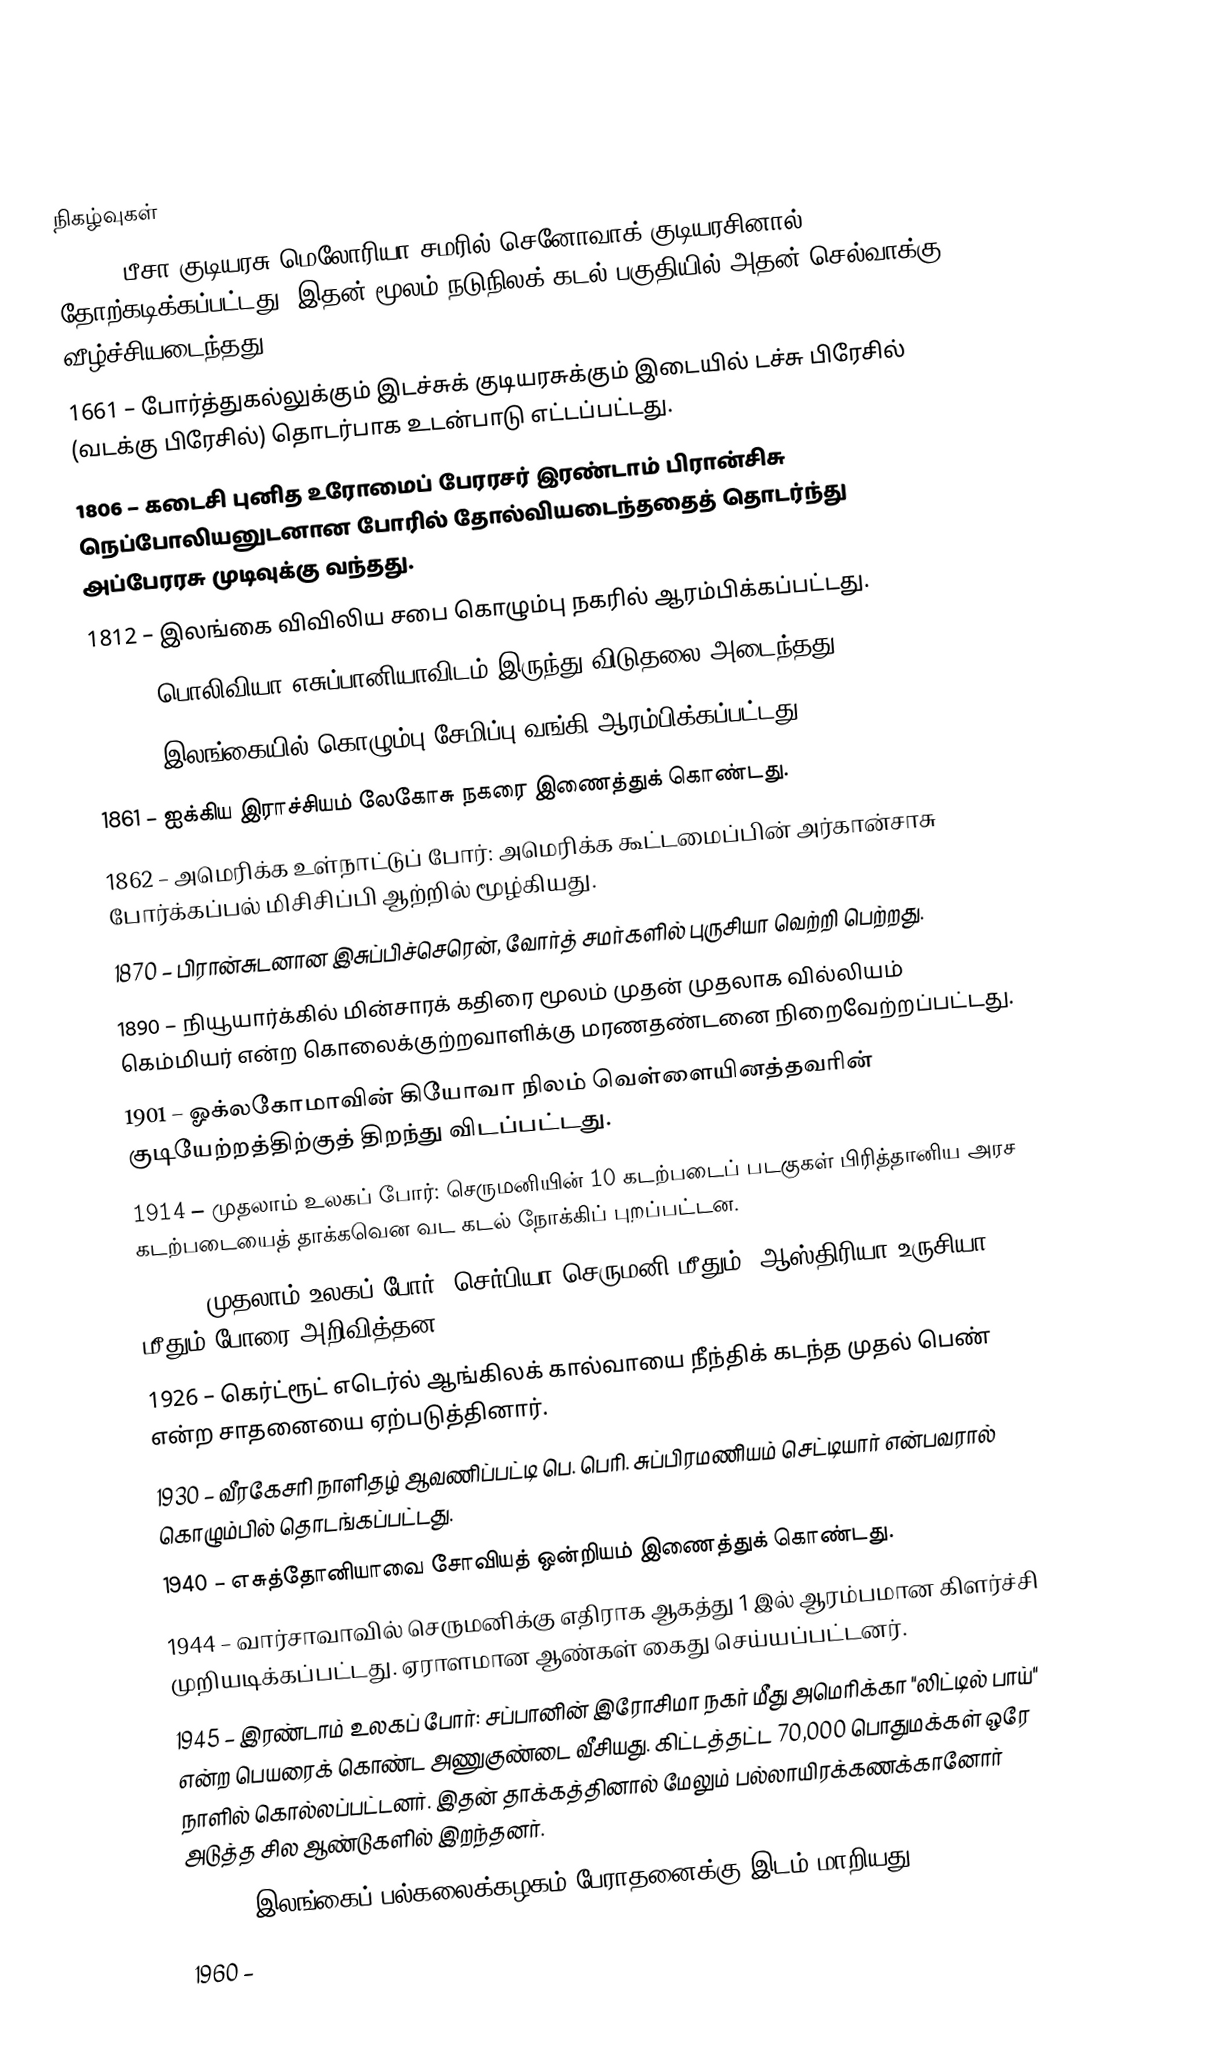

நிகழ்வுகள்
1284 – பீசா குடியரசு மெலோரியா சமரில் செனோவாக் குடியரசினால் தோற்கடிக்கப்பட்டது. இதன் மூலம் நடுநிலக் கடல் பகுதியில் அதன் செல்வாக்கு வீழ்ச்சியடைந்தது.
1661 – போர்த்துகல்லுக்கும் இடச்சுக் குடியரசுக்கும் இடையில் டச்சு பிரேசில் (வடக்கு பிரேசில்) தொடர்பாக உடன்பாடு எட்டப்பட்டது.
1806 – கடைசி புனித உரோமைப் பேரரசர் இரண்டாம் பிரான்சிசு நெப்போலியனுடனான போரில் தோல்வியடைந்ததைத் தொடர்ந்து அப்பேரரசு முடிவுக்கு வந்தது.
1812 – இலங்கை விவிலிய சபை கொழும்பு நகரில் ஆரம்பிக்கப்பட்டது.
1825 – பொலிவியா எசுப்பானியாவிடம் இருந்து விடுதலை அடைந்தது.
1832 – இலங்கையில் கொழும்பு சேமிப்பு வங்கி ஆரம்பிக்கப்பட்டது.
1861 – ஐக்கிய இராச்சியம் லேகோசு நகரை இணைத்துக் கொண்டது.
1862 – அமெரிக்க உள்நாட்டுப் போர்: அமெரிக்க கூட்டமைப்பின் அர்கான்சாசு போர்க்கப்பல் மிசிசிப்பி ஆற்றில் மூழ்கியது.
1870 – பிரான்சுடனான இசுப்பிச்செரென், வோர்த் சமர்களில் புருசியா வெற்றி பெற்றது.
1890 – நியூயார்க்கில் மின்சாரக் கதிரை மூலம் முதன் முதலாக வில்லியம் கெம்மியர் என்ற கொலைக்குற்றவாளிக்கு மரணதண்டனை நிறைவேற்றப்பட்டது.
1901 – ஓக்லகோமாவின் கியோவா நிலம் வெள்ளையினத்தவரின் குடியேற்றத்திற்குத் திறந்து விடப்பட்டது.
1914 – முதலாம் உலகப் போர்: செருமனியின் 10 கடற்படைப் படகுகள் பிரித்தானிய அரச கடற்படையைத் தாக்கவென வட கடல் நோக்கிப் புறப்பட்டன.
1914 – முதலாம் உலகப் போர்: செர்பியா செருமனி மீதும், ஆஸ்திரியா உருசியா மீதும் போரை அறிவித்தன.
1926 – கெர்ட்ரூட் எடெர்ல் ஆங்கிலக் கால்வாயை நீந்திக் கடந்த முதல் பெண் என்ற சாதனையை ஏற்படுத்தினார்.
1930 – வீரகேசரி நாளிதழ் ஆவணிப்பட்டி பெ. பெரி. சுப்பிரமணியம் செட்டியார் என்பவரால் கொழும்பில் தொடங்கப்பட்டது.
1940 – எசுத்தோனியாவை சோவியத் ஒன்றியம் இணைத்துக் கொண்டது.
1944 – வார்சாவாவில் செருமனிக்கு எதிராக ஆகத்து 1 இல் ஆரம்பமான கிளர்ச்சி முறியடிக்கப்பட்டது. ஏராளமான ஆண்கள் கைது செய்யப்பட்டனர்.
1945 – இரண்டாம் உலகப் போர்: சப்பானின் இரோசிமா நகர் மீது அமெரிக்கா "லிட்டில் பாய்"  என்ற பெயரைக் கொண்ட அணுகுண்டை வீசியது. கிட்டத்தட்ட 70,000 பொதுமக்கள் ஒரே நாளில் கொல்லப்பட்டனர். இதன் தாக்கத்தினால் மேலும் பல்லாயிரக்கணக்கானோர் அடுத்த சில ஆண்டுகளில் இறந்தனர்.
1952 – இலங்கைப் பல்கலைக்கழகம் பேராதனைக்கு இடம் மாறியது.
1960 –